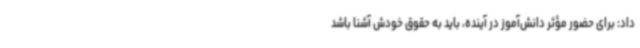
داد: برای حضور مؤثر دانش‌آموز در آینده، باید به حقوق خودش آشنا باشد